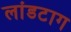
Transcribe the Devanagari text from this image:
लांडटाग